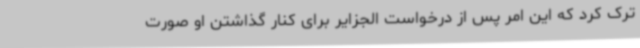
ترک کرد که این امر پس از درخواست الجزایر برای کنار گذاشتن او صورت